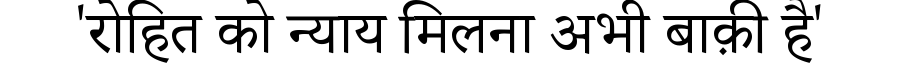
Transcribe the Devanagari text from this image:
'रोहित को न्याय मिलना अभी बाक़ी है'